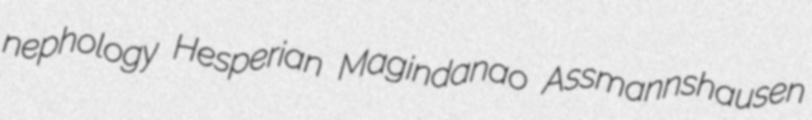
nephology Hesperian Magindanao Assmannshausen